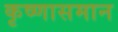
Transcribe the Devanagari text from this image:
कृष्णासमान